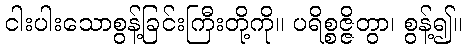
ငါးပါးသောစွန့်ခြင်းကြီးတို့ကို။ ပရိစ္စဇ္ဇိတွာ၊ စွန့်၍။